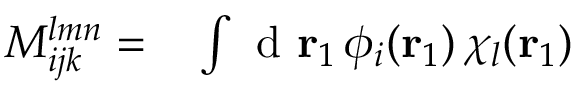
\begin{array} { r l } { M _ { i j k } ^ { l m n } = } & { { } \int \mathrm { ~ d ~ } { \mathbf { r } _ { 1 } } \, \phi _ { i } ( { \mathbf { r } _ { 1 } } ) \, \chi _ { l } ( { \mathbf { r } _ { 1 } } ) } \end{array}